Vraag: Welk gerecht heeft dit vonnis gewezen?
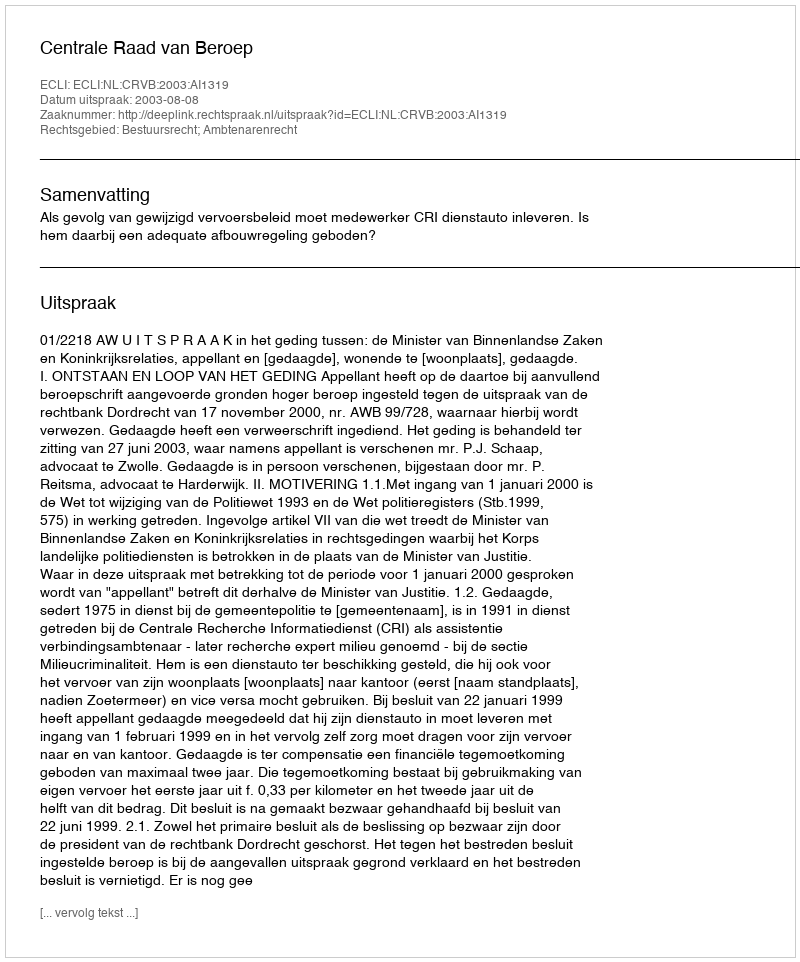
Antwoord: Centrale Raad van Beroep